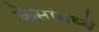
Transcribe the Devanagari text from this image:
केसांमध्ये